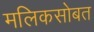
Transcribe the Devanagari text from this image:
मलिकसोबत